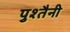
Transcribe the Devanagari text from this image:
पुश्‍तैनी